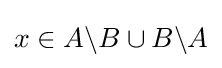
x\in A\backslash B\cup B\backslash A